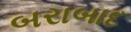
બરાબાદ